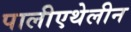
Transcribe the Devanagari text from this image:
पालीएथेलीन